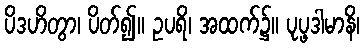
ပိဒဟိတွာ၊ ပိတ်၍။ ဥပရိ၊ အထက်၌။ ပုပ္ဖဒါမာနိ၊